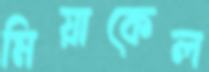
মিয়াকেল